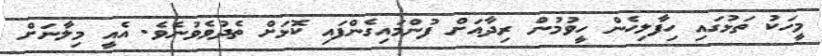
މީހަކު ތަޅުގައި ހިފާލިހެން ހީވުމުން ރިދާއަށް ފުންމައިގެންފައި ކޮޅަށް ތެދުވެވުނެވެ. އެއީ މިލާނަށް